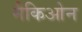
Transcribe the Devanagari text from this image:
मैकिओन